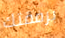
برفقتك